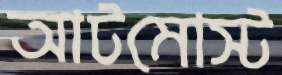
আটমোস্ট